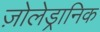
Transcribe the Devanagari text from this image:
ज़ोलेड्रानिक